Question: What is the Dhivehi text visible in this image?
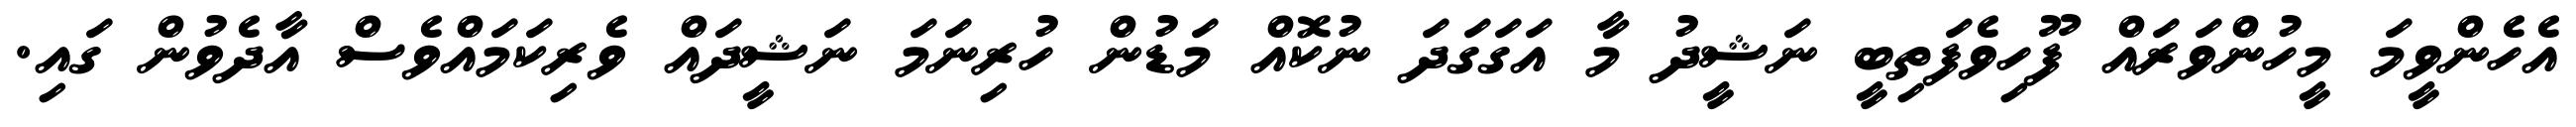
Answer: އެހެންވީމަ މީހުންވަރައް ފޫހިވެފަތިބީ ނަޝީދު މާ އަގަގަދަ ނުކޮއް މަޑުން ހުރިނަމަ ނަޝީދައް ވެރިކަމައްވެސް އާދެވުން ގައި.